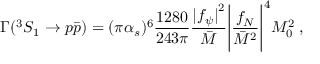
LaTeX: \Gamma ( ^ { 3 } S _ { 1 } \to p \bar { p } ) = ( \pi \alpha _ { s } ) ^ { 6 } { \frac { 1 2 8 0 } { 2 4 3 \pi } } { \frac { { \vert f _ { \psi } \vert } ^ { 2 } } { \bar { M } } } { \Bigg \vert { \frac { f _ { N } } { { \bar { M } } ^ { 2 } } } \Bigg \vert } ^ { 4 } { M _ { 0 } ^ { 2 } } \; ,